Indian journal of veterinary science and animal husbandry - Volume 1,
Year: 1931
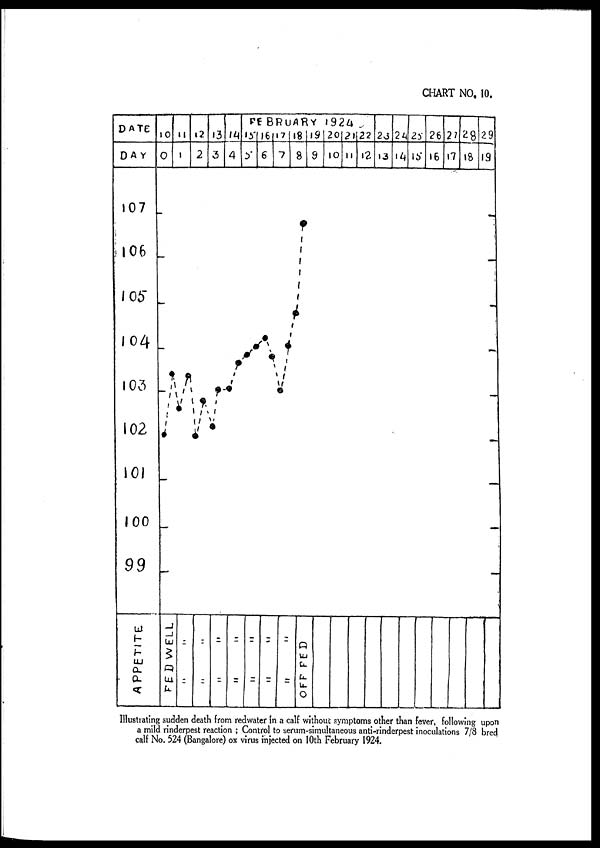
Illustrating sudden death from redwater in a calf without symptoms other than fever, following upon
a mild rinderpest reaction ; Control to serum-simultaneous anti-rinderpest inoculations 7/8 bred
calf No. 524 (Bangalore) ox virus injected on 10th February 1924.